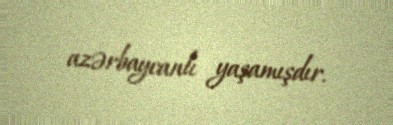
azərbaycanlı yaşamışdır.